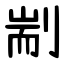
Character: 剬